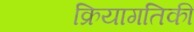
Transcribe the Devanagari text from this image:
क्रियागतिकी